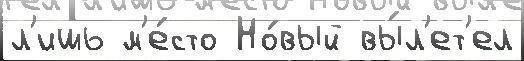
л'ишь м'е́сто Но́вый вы́л'ет'ел